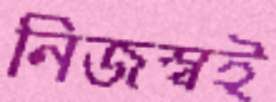
নিজস্বই